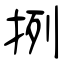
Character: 挒